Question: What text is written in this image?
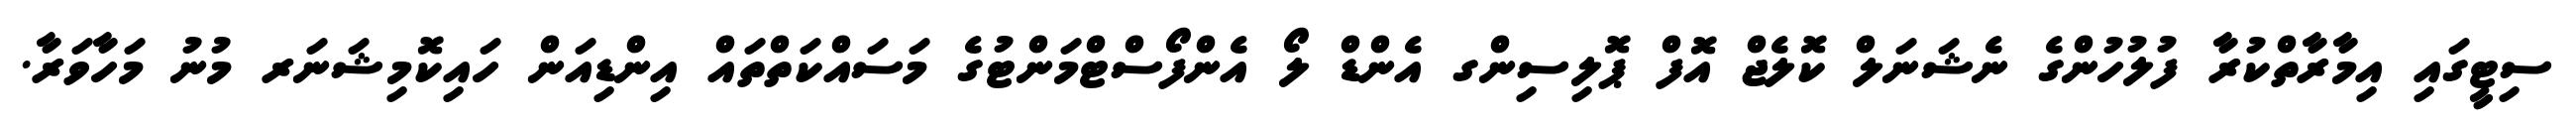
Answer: ސިޓީގައި އިމާރާތްކުރާ ފުލުހުންގެ ނެޝަނަލް ކޮލެޖް އޮފް ޕޮލިސިންގ އެންޑް ލޯ އެންފޯސްޓްމަންޓުގެ މަސައްކަތްތައް އިންޑިއަން ހައިކޮމިޝަނަރ މުނު މަހާވަރާ.